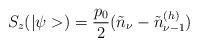
LaTeX: \begin{align*}S_z(|\psi>)=\frac{p_0}{2}(\tilde{n}_{\nu}-\tilde{n}_{\nu-1}^{(h)})\end{align*}